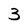
Character: 3